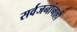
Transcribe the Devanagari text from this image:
सर्वजनांनाही